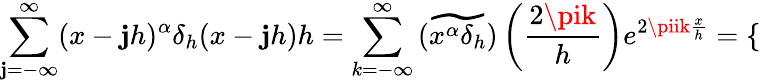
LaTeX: \sum_{\mathbf{j}=-\infty}^{\infty}(x-\mathbf{j}h)^{\alpha}\delta_{h}(x-\mathbf{j}h)h=\sum_{k=-\infty}^{\infty}\widetilde{{\left(x^{\alpha}\delta_{h}\right)}}\left(\frac{{2\pik}}{{h}}\right)e^{2\piik\frac{{x}}{{h}}}=\left\{ \begin{array}{rl}\end{array}\right.